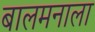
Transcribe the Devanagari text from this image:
बालमनाला